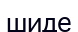
шиде